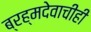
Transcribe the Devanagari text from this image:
ब्रह्मदेवाचीही